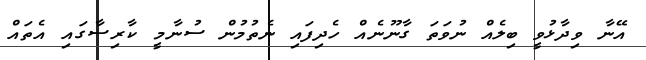
އޭނާ ވިދާޅުވީ ބިލެއް ނުވަތަ ގާނޫނެއް ހެދިފައި ނެތުމުން ސުނާމީ ކާރިސާގައި އެތައް